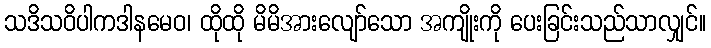
သဒိသဝိပါကဒါနမေဝ၊ ထိုထို မိမိအားလျော်သော အကျိုးကို ပေးခြင်းသည်သာလျှင်။